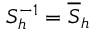
S _ { h } ^ { - 1 } = \overline { { S } } _ { h }